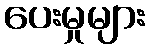
ပေးမှုများ